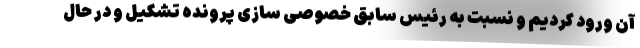
آن ورود کردیم و نسبت به رئیس سابق خصوصی سازی پرونده تشکیل و در حال